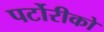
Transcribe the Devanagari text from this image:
पर्टोरीको